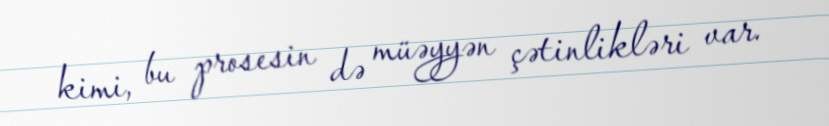
kimi, bu prosesin də müəyyən çətinlikləri var.